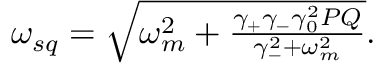
\begin{array} { r } { \omega _ { s q } = \sqrt { \omega _ { m } ^ { 2 } + \frac { \gamma _ { + } \gamma _ { - } \gamma _ { 0 } ^ { 2 } P Q } { \gamma _ { - } ^ { 2 } + \omega _ { m } ^ { 2 } } } . } \end{array}